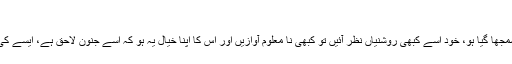
)
ایک ایسا شخص جسے بچپن سے ہی آسیب زدہ سمجھا گیا ہو، خود اسے کبھی روشنیاں نظر آئیں تو کبھی نا معلوم آوازیں اور اس کا اپنا خیال یہ ہو کہ اسے جنون لاحق ہے، ایسے کی ذہنی و نفسیاتی حالت کا اندازہ لگانا مشکل نہیں۔